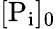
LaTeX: [\mathrm{P_{i}}]_{0}